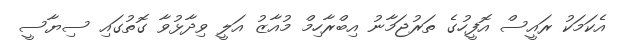
އެކަމަކު ރައީސް އޮފީހުގެ ތަރުޖަމާނު އިބްރާހިމް މުއާޒު އަލީ ވިދާޅުވާ ގޮތުގައި ސިޔާސީ